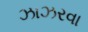
ઝાઝરવા